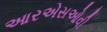
આરએસઓવી